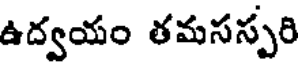
ఉద్వయం తమసస్పరి